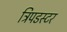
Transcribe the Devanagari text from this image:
ट्रिपडस्टर